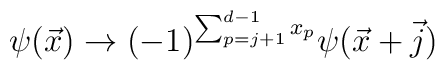
\psi(\vec{x})\rightarrow (-1)^{\sum_{p=j+1}^{d-1}x_p}\psi(\vec{x}+\vec{j})